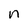
Character: n